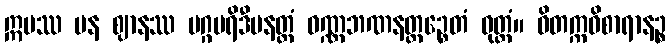
ဣမဿ ပန ဈာနဿ မဂ္ဂပရိဒီပနတ္ထံ ဝဏ္ဏဘဏနတ္ထဉ္စေတံ ဝုတ္တံ။ ဝိတက္ကဝိစာရာနဉ္စ